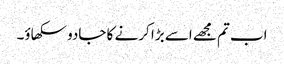
اب تم مجھے اسے بڑا کرنے کا جادو سکھاؤ۔